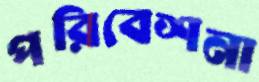
পরিবেশনা